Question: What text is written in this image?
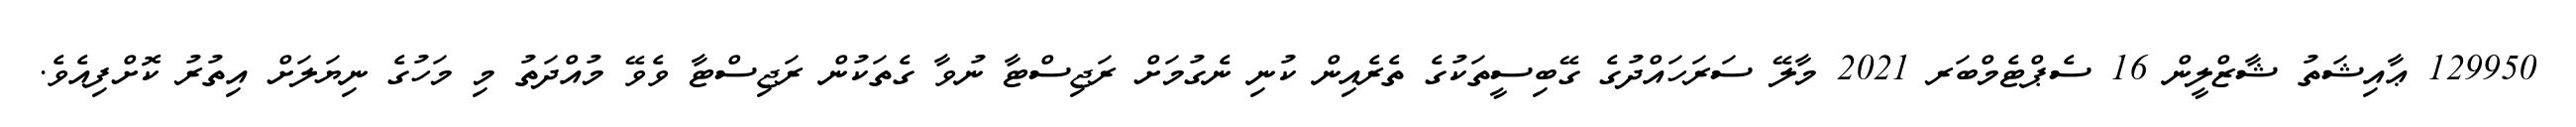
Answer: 129950 ޢާއިޝަތު ޝާޒްލީން 16 ސެޕްޓެމްބަރ 2021 މާލޭ ސަރަހައްދުގެ ގޭބިސީތަކުގެ ތެރެއިން ކުނި ނެގުމަށް ރަޖިސްޓާ ނުވާ ގެތަކުން ރަޖިސްޓާ ވެވޭ މުއްދަތު މި މަހުގެ ނިޔަލަށް އިތުރު ކޮށްފިއެވެ.